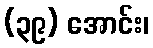
(၃၉) အောင်း၊